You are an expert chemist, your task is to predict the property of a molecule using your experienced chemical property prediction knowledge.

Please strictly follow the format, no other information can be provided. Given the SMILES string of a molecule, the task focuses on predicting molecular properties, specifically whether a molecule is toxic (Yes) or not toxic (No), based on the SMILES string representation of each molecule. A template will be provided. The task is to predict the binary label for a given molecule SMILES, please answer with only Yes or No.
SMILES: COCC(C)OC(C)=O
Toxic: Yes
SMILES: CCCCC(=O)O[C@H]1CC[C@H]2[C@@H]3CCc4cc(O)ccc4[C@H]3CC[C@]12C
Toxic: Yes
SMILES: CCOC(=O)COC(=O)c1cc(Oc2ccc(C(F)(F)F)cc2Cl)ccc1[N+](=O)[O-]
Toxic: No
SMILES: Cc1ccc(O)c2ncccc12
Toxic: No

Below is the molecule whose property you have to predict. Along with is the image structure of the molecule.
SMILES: O=[N+]([O-])c1cccc(I)c1
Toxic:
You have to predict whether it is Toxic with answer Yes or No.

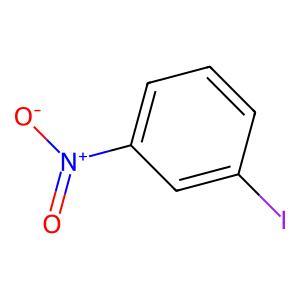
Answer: No